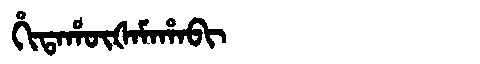
Manchu: ᡥᡳᡨᠠᡥᡡᡧᠠᠮᠠᡥᠠᠪᡳ
Romanization: HITAHŪŠAMAHABI